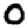
Digit: 0